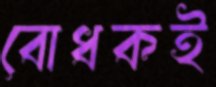
বোধকই